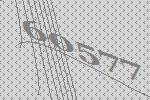
60577